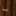
ما